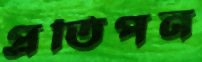
প্রতিপন